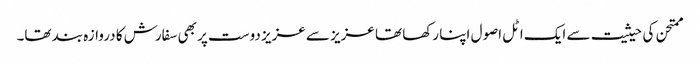
ممتحن کی حیثیت سے ایک اٹل اصول اپنا رکھا تھا عزیز سے عزیز دوست پر بھی سفارش کا دروازہ بند تھا۔